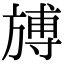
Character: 𣄎